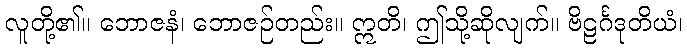
လူတို့၏။ ဘောဇနံ၊ ဘောဇဉ်တည်း။ ဣတိ၊ ဤသို့ဆိုလျက်။ ဗိဠင်္ဂဒုတိယံ၊